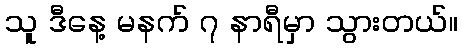
သူ ဒီနေ့ မနက် ၇ နာရီမှာ သွားတယ်။